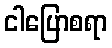
ငါပြောစရာ